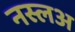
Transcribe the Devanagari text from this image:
नस्लअ